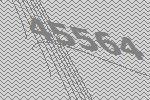
45564